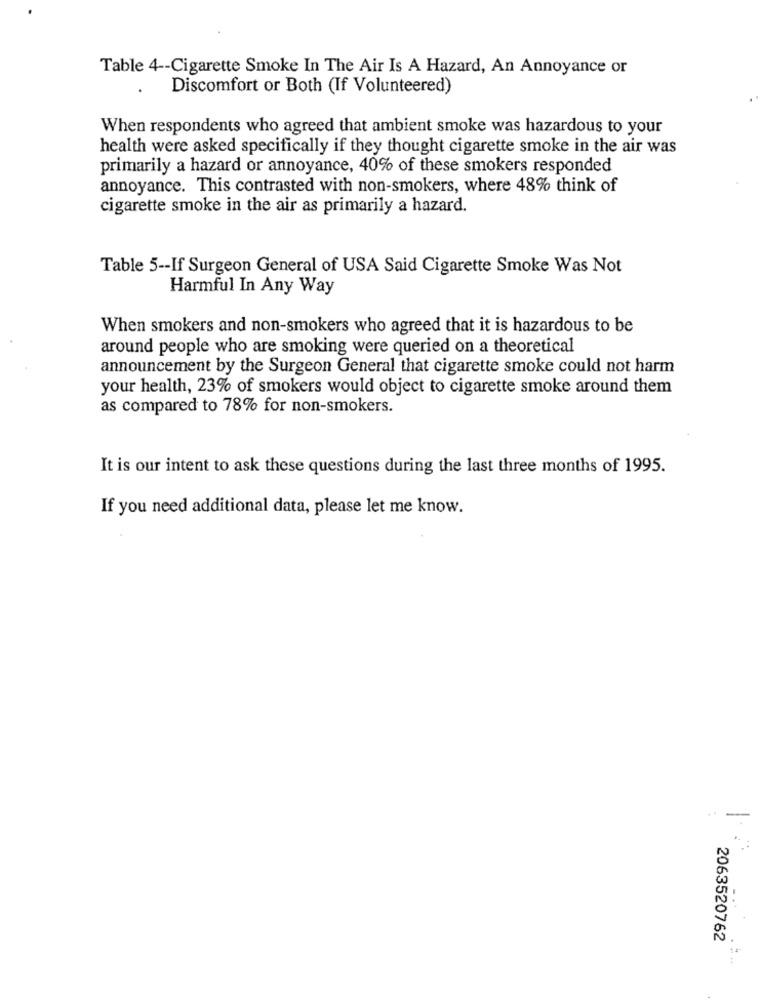
Table 4 -- Cigarette Smoke In The Air Is A Hazard, An Annoyance or
Discomfort or Both (If Volunteered)
When respondents who agreed that ambient smoke was hazardous to your
health were asked specifically if they thought cigarette smoke in the air was
primarily a hazard or annoyance, 40% of these smokers responded
annoyance. This contrasted with non-smokers, where 48% think of
cigarette smoke in the air as primarily a hazard.
Table 5 -- If Surgeon General of USA Said Cigarette Smoke Was Not
Harmful In Any Way
When smokers and non-smokers who agreed that it is hazardous to be
around people who are smoking were queried on a theoretical
announcement by the Surgeon General that cigarette smoke could not harm
your health, 23% of smokers would object to cigarette smoke around them
as compared to 78% for non-smokers.
It is our intent to ask these questions during the last three months of 1995.
If you need additional data, please let me know.
2063520762